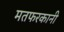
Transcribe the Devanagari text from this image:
मतफरकानी